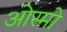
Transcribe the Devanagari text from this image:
ओस्मो